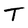
Character: T